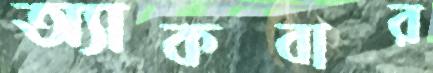
অ্যাকবার